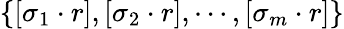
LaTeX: \left\{ \left[\sigma_{1}\cdot r\right],\left[\sigma_{2}\cdot r\right],\cdots,\left[\sigma_{m}\cdot r\right]\right\}